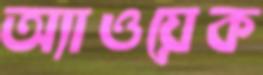
অ্যাওয়েক